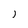
Character: j